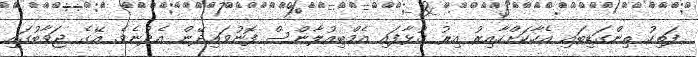
ފަތިހު ތިންގަޑިބައި އެހާކަށްހާއިރު އިރު ގުޅާފައި އެމްބިއުލާންސް ފޮނުވައިދޭން އެދުނެވެ. އޭގެ ޖަވާބުގައި